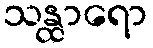
သန္ထာရော